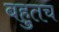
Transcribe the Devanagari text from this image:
बहुतच